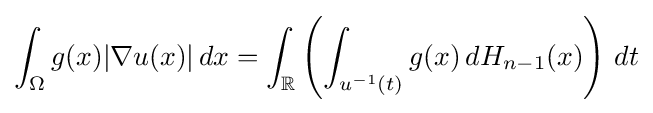
\int _{\Omega }g(x)|\nabla u(x)|\,dx=\int _{\mathbb {R} }\left(\int _{u^{-1}(t)}g(x)\,dH_{n-1}(x)\right)\,dt